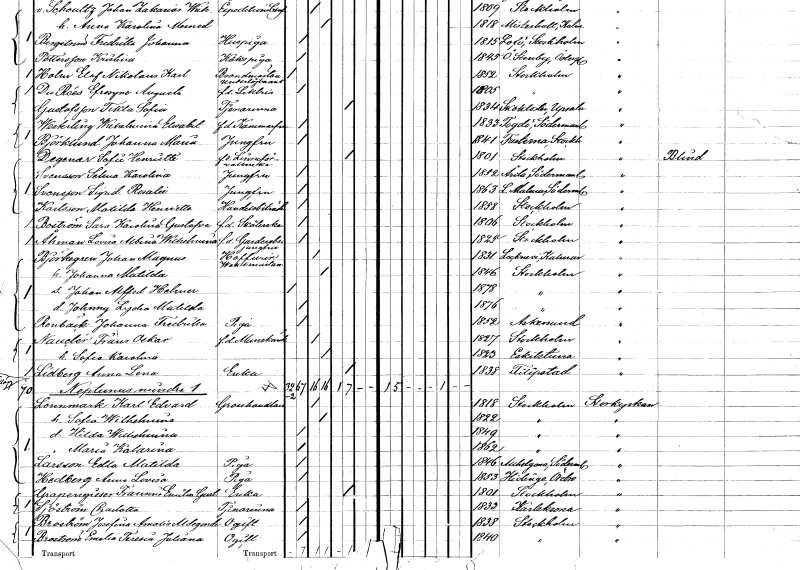
gt_parse: households: individuals: FN: Wilhelmina Elisabet
EN: Weckeling
KON: K
CIV: O
FODAR: 1833
FODFORS: Fogdö Södermanlands län
FN: Johanna Maria
EN: Björklund
YRKE: Jungfru
KON: K
CIV: O
FODAR: 1841
FODFORS: Fasterna Stockholms län
FN: Sofia Henriette
EN: Degerman
YRKE: Linneföreståndare vid hov f.d.
KON: K
CIV: E
FODAR: 1801
FODFORS: Stockholm
FN: Selma Karolina
EN: Svensson
YRKE: Jungfru
KON: K
CIV: O
FODAR: 1852
FODFORS: Ärla Södermanlands län
FN: Sigrid Rosalie
EN: Svensson
YRKE: Jungfru
KON: K
CIV: O
FODAR: 1863
FODFORS: Lilla Malma Södermanlands län
FN: Matilda Henrietta
EN: Karlsson
YRKE: Handelsbiträde
KON: K
CIV: O
FODAR: 1858
FODFORS: Stockholm
FN: Sara Karolina Gustafva
EN: Boström
YRKE: Sköterska f.d.
KON: K
CIV: O
FODAR: 1806
FODFORS: Stockholm
FN: Lovisa Albina Wilhelmina
EN: Åhman
YRKE: Garderobsjungfru vid hovet f.d.
KON: K
CIV: O
FODAR: 1825
FODFORS: Stockholm
FN: Johan Magnus
EN: Björkegren
YRKE: Hovvaktmästare
KON: M
CIV: G
FODAR: 1831
FODFORS: Locknevi Kalmar län
FN: Johanna Matilda
KON: K
CIV: G
FODAR: 1846
FODFORS: Stockholm
FN: Johan Alfred Helmar
KON: M
CIV: O
FODAR: 1878
FODFORS: Stockholm
FN: Johnny Lydia Matilda
KON: K
CIV: O
FODAR: 1876
FODFORS: Stockholm
FN: Johanna Fredrika
EN: Renbäck
YRKE: Piga
KON: K
CIV: O
FODAR: 1852
FODFORS: Askersund Örebro län
FN: Frans Oskar
EN: Nauclér
YRKE: Munskänk f.d.
KON: M
CIV: G
FODAR: 1827
FODFORS: Stockholm
FN: Sofia Karolina
KON: K
CIV: G
FODAR: 1823
FODFORS: Eskilstuna Södermanlands län
FN: Anna Lena
EN: Lidberg
YRKE: Änka
KON: K
CIV: E
FODAR: 1838
FODFORS: Filipstad Värmlands län
FN: Karl Edvard
EN: Lennmark
YRKE: Grosshandlare
KON: M
CIV: G
FODAR: 1818
FODFORS: Stockholm
FN: Sofia Wilhelmina
KON: K
CIV: G
FODAR: 1822
FODFORS: Stockholm
FN: Hilda Wilhelmina
KON: K
CIV: O
FODAR: 1849
FODFORS: Stockholm
FN: Maria Katarina
KON: K
CIV: O
FODAR: 1862
FODFORS: Stockholm
FN: Edla Matilda
EN: Larsson
YRKE: Piga
KON: K
CIV: O
FODAR: 1846
FODFORS: Helgona Södermanlands län
FN: Anna Lovisa
EN: Hedberg
YRKE: Piga
KON: K
CIV: O
FODAR: 1853
FODFORS: Hidinge Örebro län
FN: Francina Emilia Gustava
EN: Grapengieser
YRKE: Änka
KON: K
CIV: E
FODAR: 1801
FODFORS: Stockholm
FN: Charlotta
EN: Sjöström
YRKE: Tjänarinna
KON: K
CIV: O
FODAR: 1833
FODFORS: Karlskrona Blekinge län
FN: Josefina Amalia Aldegande
EN: Broström
KON: K
CIV: O
FODAR: 1838
FODFORS: Stockholm
FN: Emelia Teresia Juliana
EN: Broström
KON: K
CIV: O
FODAR: 1840
FODFORS: Stockholm